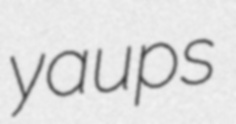
yaups